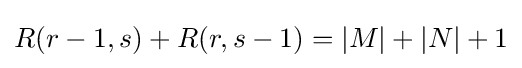
R(r-1,s)+R(r,s-1)=|M|+|N|+1